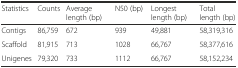
<table><thead><tr><td><b>Statistics</b></td><td><b>Counts</b></td><td><b>Average length (bp)</b></td><td><b>N50 (bp)</b></td><td><b>Longest length (bp)</b></td><td><b>Total length (bp)</b></td></tr></thead><tbody><tr><td>Contigs</td><td>86,759</td><td>672</td><td>939</td><td>49,881</td><td>58,319,316</td></tr><tr><td>Scaffold</td><td>81,915</td><td>713</td><td>1028</td><td>66,767</td><td>58,377,616</td></tr><tr><td>Unigenes</td><td>79,320</td><td>733</td><td>1112</td><td>66,767</td><td>58,152,234</td></tr></tbody></table>